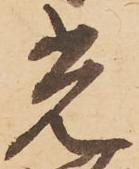
光